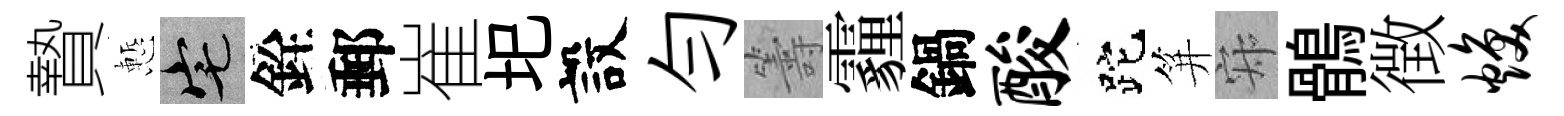
贄慙宅銓郵崔圯設勻籌霾鍋酸跎笄寂鶻徴焕